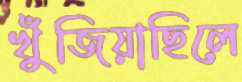
খুঁজিয়াছিলে